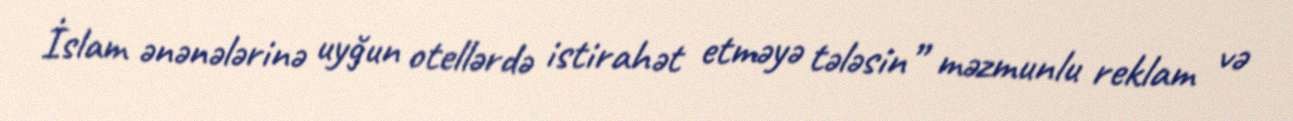
İslam ənənələrinə uyğun otellərdə istirahət etməyə tələsin” məzmunlu reklam və